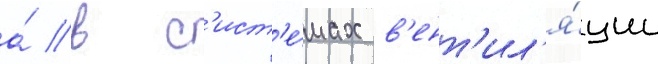
а́ в с'ист'е́мах в'ент'ил'я́ции